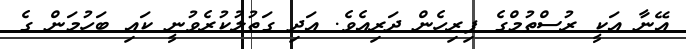
އޭނާ އަކީ ރުސްތުމްގެ ފިރިހެން ދަރިއެެވެ. އަދި ގަތުލުކުރެވުނީ ކައި ބަހުމަން ގެ